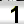
Digit: 1